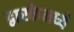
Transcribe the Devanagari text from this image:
द्वारकेमध्ये